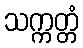
သက္ကတ္တံ